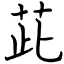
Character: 茈